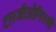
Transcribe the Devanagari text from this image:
टारजीओनिएसी